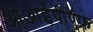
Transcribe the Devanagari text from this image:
ओआईपीऍफ़